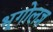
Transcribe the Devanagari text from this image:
भूगोलज्ञ